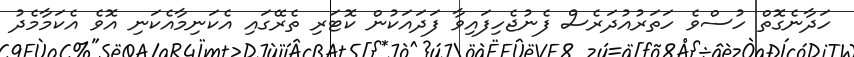
ހަދާނެގޮތް ހުސްވެ ހަތަރުއުދަރެސް ފެނުޖެހިފައިވާ ފަދައަކުން ކޮޓަރި ތެރޭގައި އެކަނިމާއެކަނި އޮވެ އެކަމާމެދު